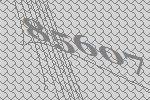
85607